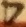
Text: 7